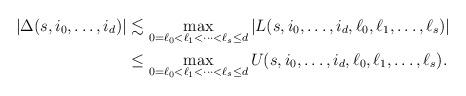
LaTeX: \begin{align*} |\Delta(s, i_0, \ldots, i_d)| &\lesssim \max_{0=\ell_0<\ell_1 <\cdots <\ell_s\le d} |L(s, i_0, \ldots, i_d, \ell_0, \ell_1, \ldots, \ell_s)|\\ & \le \max_{0=\ell_0<\ell_1 <\cdots <\ell_s\le d} U(s, i_0, \ldots, i_d, \ell_0, \ell_1, \ldots, \ell_s).\end{align*}